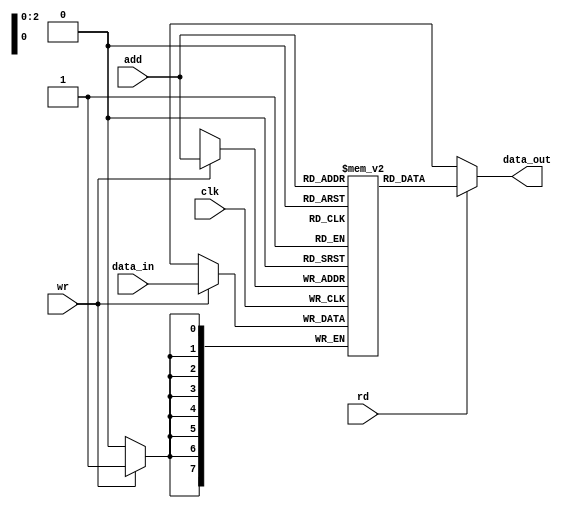
`timescale 1ns / 1ps
module RAM(
    input clk,
    input [7:0] data_in,
    input wr,
    input rd,
    input [2:0] add, //2^3=8; so 3 bits address is required to denote 8 locations
    output [7:0]data_out);
    
    
reg [7:0] ram[0:7]; //8 bit of data from 8 memory locations

always @(posedge clk)
begin
        if(wr)
        ram[add]<=data_in;
        //assign data_out=8'bxxxxxxxx;
end 
    
assign data_out=rd?ram[add]:8'bxxxxxxxx;
endmodule